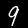
Label: 9